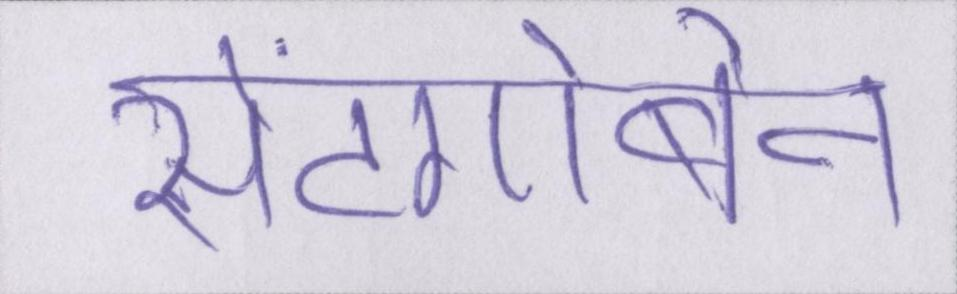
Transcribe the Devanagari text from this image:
सेंटगोबेन